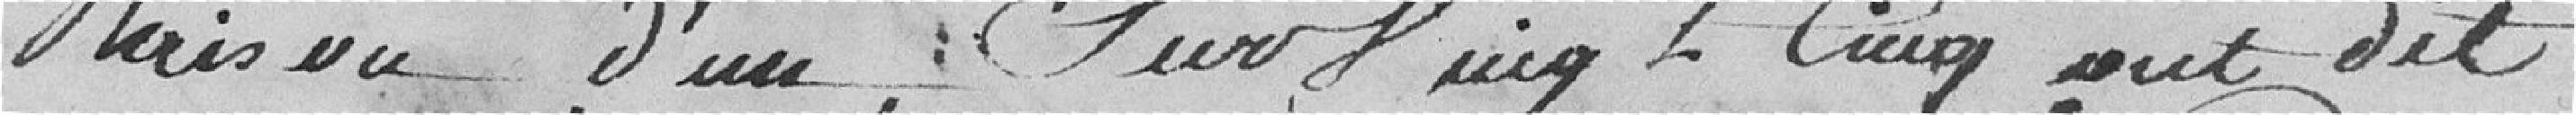
raison d'une sur vingt cinq sut dit